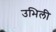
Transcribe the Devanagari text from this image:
उभिली